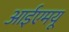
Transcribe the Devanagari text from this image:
आईएमयू